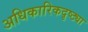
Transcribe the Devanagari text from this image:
अधिकारिकदृष्ट्या